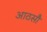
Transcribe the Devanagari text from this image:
आठसौ